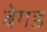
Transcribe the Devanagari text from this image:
बेगड